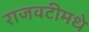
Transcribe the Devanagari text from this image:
राजवटीमधे